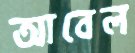
আবেল